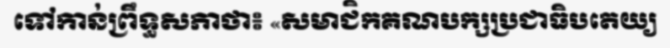
ទៅកាន់ព្រឹទ្ធសភាថា៖ «សមាជិកគណបក្សប្រជាធិបតេយ្យ